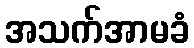
အသက်အာမခံ